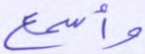
وأسمع